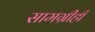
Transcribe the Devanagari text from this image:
सामग्रीही